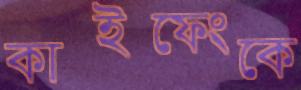
কাইফেংকে